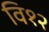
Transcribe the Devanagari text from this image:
वि१२